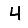
Digit: 4